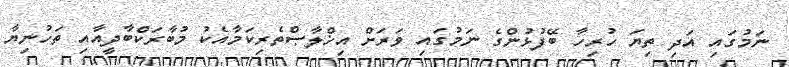
ނަމުގައި އަދި ތިޔަ ހުރިހާ ބޭފުޅުންގެ ނަމުގައި ވަރަށް އިޚްލާޞްތެރިކަމާއެކު މުބާރަކްބާދީއާއި ތަހުނިޔާ